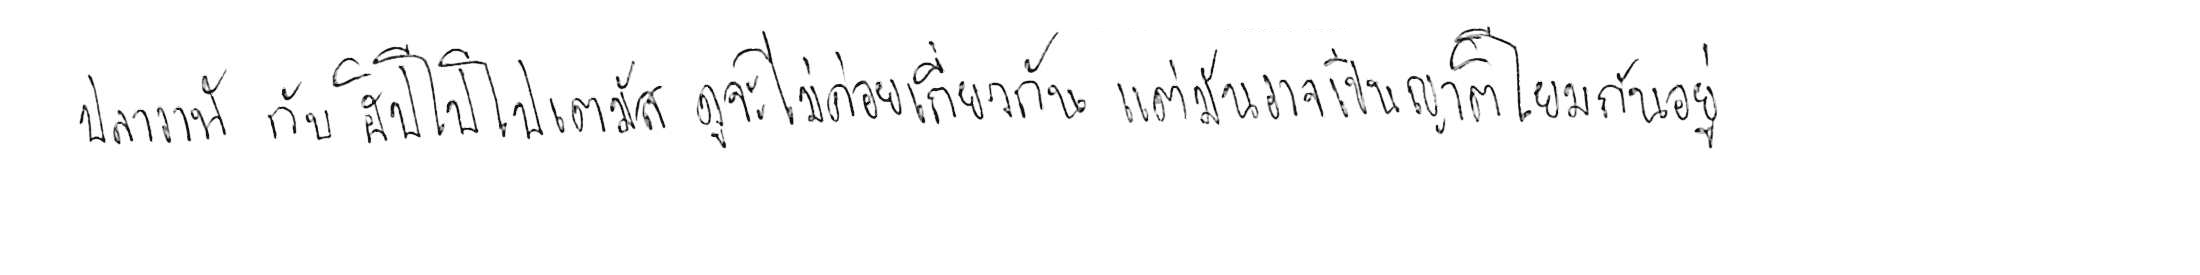
ปลาวาฬ กับ ฮิปโปโปเตมัส ดูจะไม่ค่อยเกี่ยวกัน แต่มันอาจเป็นญาติโยมกันอยู่